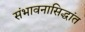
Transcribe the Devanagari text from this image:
संभावनासिद्धांत